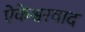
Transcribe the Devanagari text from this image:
ऐकेश्वरवाद